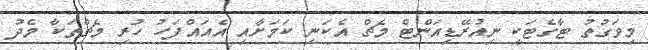
މިވަގުތު ޓާގެޓަކީ ނިއުރޭޑިއަންޓް މެޗް އެކަނި ކަމަށާއި އެއައްފަހު ހުރި މެޗްތަކާ މެދު